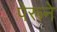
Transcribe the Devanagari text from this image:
पेरूने